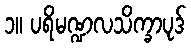
၁။ ပရိမဏ္ဍလသိက္ခာပုဒ်